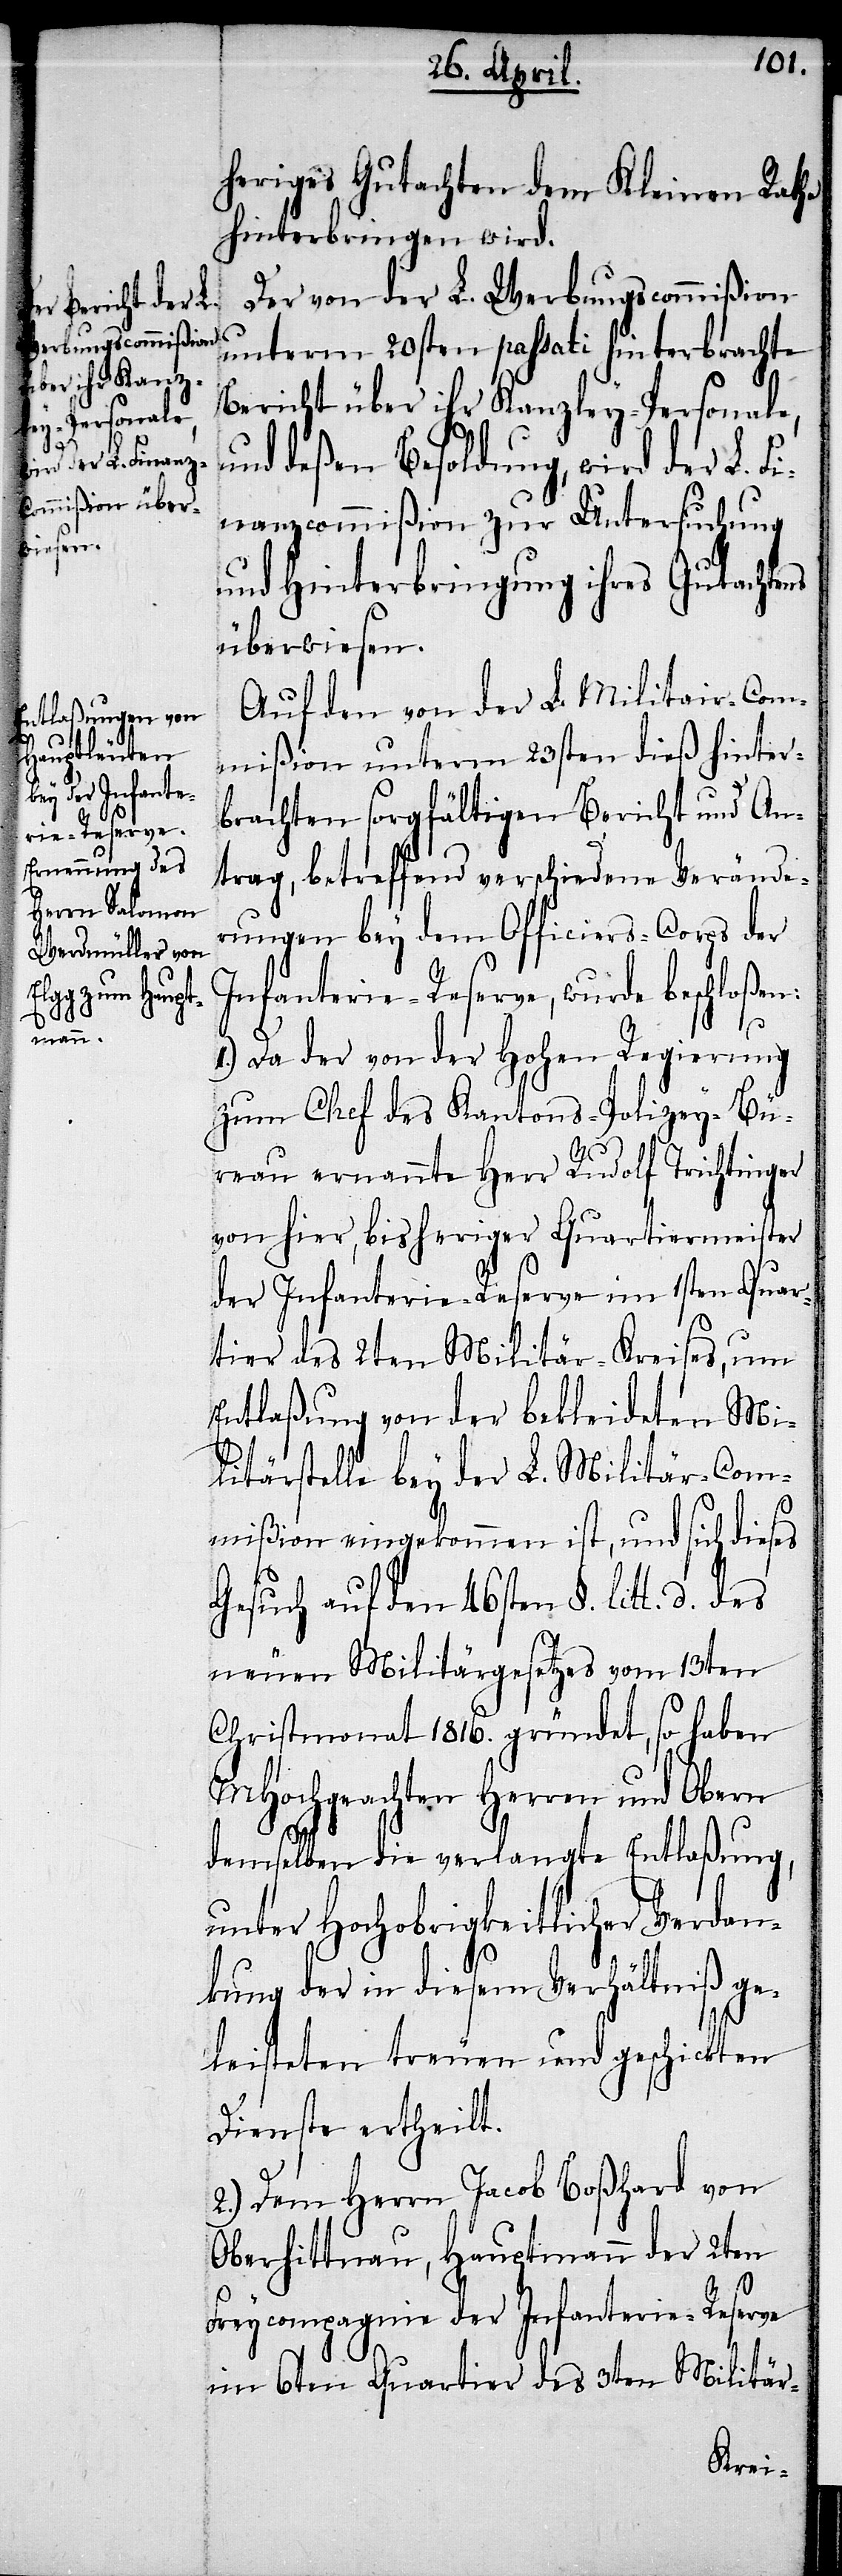
heriges Gutachten dem Kleinen Rathe
hinterbringen wird.
Der von der L. Werbungscommißion
unterm 10sten passati hinterbrachte
Bericht über ihr Kanzley-Personale,
und deßen Besoldung, wird der L. Fi¬
nanzcommißion, zur Untersuchung
und Hinterbringung ihres Gutachtens
überwiesen.
Auf den von der L. Militair-Com¬
mißion unterm 23sten dieß hinter¬
brachten sorgfältigen Bericht und An¬
trag, betreffend verschiedene Verände¬
rungen bey dem Officiers-Corps der
Infanterie-Reserve, wurde beschloßen:
1.) Da der von der Hohen Regierung
zum Chef des Kantons-Polizey-Bu¬
reau ernannte Herr Rudolf Trichtinger
von hier, bisheriger Quartiermeister
der Infanterie-Reserve im 1sten Quar¬
tier des 2ten Militär-Kreises, um
Entlaßung von der bekleideten Mi¬
litärstelle bey der L. Militär-Com¬
mißion eingekommen ist, und sich dieses
Gesuch auf den 46sten §. litt. d.
neuen Militärgesetzes vom 13ten
Christmonath 1816. gründet, so haben
MHochgeachten Herren und Obern
demselben die verlangte Entlaßung,
unter Hochobrigkeitlicher Verdan¬
kung der in diesem Verhältniß ge¬
leisteten treuen und geschickten
Dienste ertheilt.
2.) Dem Herrn Jacob Boßhard von
Oberhittnau, Hauptmann der 2ten
Freycompagnie der Infanterie-Reserve
im 6ten Quartier des 3ten Militär-